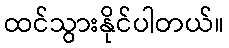
ထင်သွားနိုင်ပါတယ်။